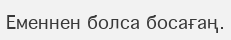
Еменнен болса босағаң.